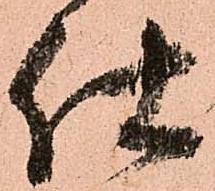
仕